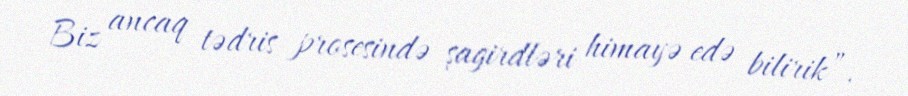
Biz ancaq tədris prosesində şagirdləri himayə edə bilirik”.